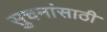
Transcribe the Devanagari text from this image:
सुचनांसाठी